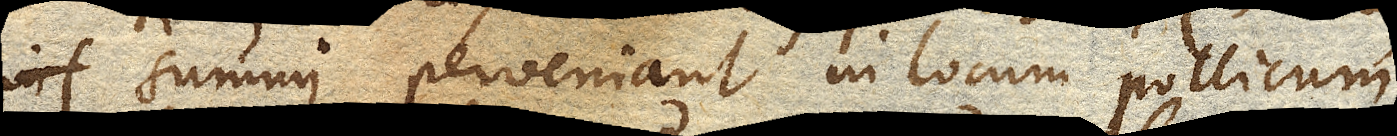
summi perveniant in locum pollicum